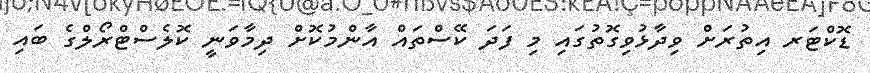
ޑޮކްޓަރ އިތުރަށް ވިދާޅުވިގޮތުގައި މި ފަދަ ކޭސްތައް އާންމުކޮށް ދިމާވަނީ ކޮލެސްޓްރޯލްގެ ބައި